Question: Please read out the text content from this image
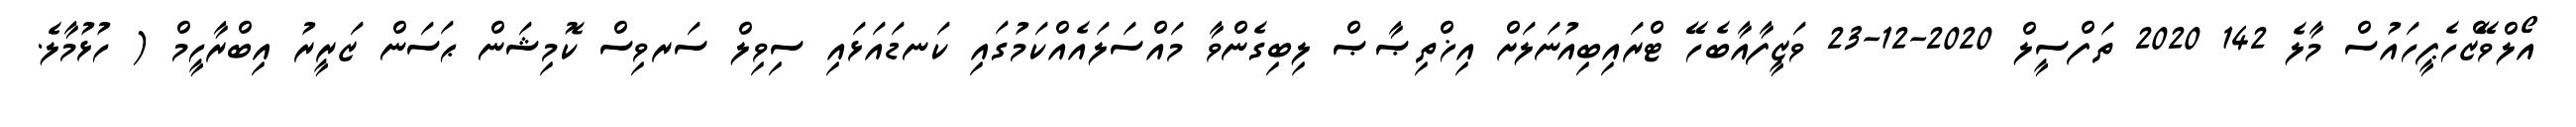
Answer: އޯލްވޭޒްހެޕީހައުސް މާލެ 142 2020 ތަފްސީލް 2020-12-23 ވަޒީފާއާބެހޭ ޓްރައިބިއުނަލަށް އިޚްތިޞާޞް ލިބިގެންވާ މައްސަލައެއްކަމުގައި ކަނޑައަޅައި ސިވިލް ސަރވިސް ކޮމިޝަން ޙަސަން ޒަރީރު އިބްރާހީމް ( ހުޅުމާލެ.